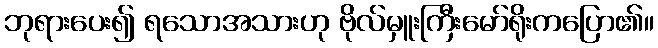
ဘုရားပေး၍ ရသောအသားဟု ဗိုလ်မှူးကြီးမော်ရိုးကပြော၏။